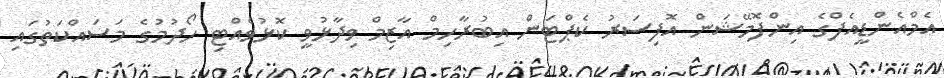
އެމްއެންޑީއެފްގެ އިންފޮމޭޝަން އޮފިސަރު ކެޕްޓަން އިބުރާހިމް އާޒިމް ވިދާޅުވީ ކޮޅުވެއްޓި ހޯދުމުގެ މަސައްކަތުގައި